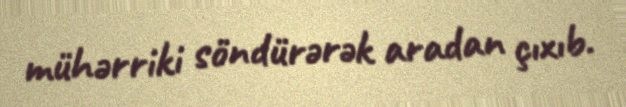
mühərriki söndürərək aradan çıxıb.